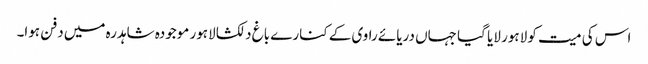
اس کی میت کو لاہور لایا گیا جہاں دریائے راوی کے کنارے باغ دلکشا لاہور موجودہ شاہدرہ میں دفن ہوا۔